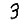
Digit: 3